Indian journal of veterinary science and animal husbandry - Volumes 26-27, 1956-1957
Year: 1956
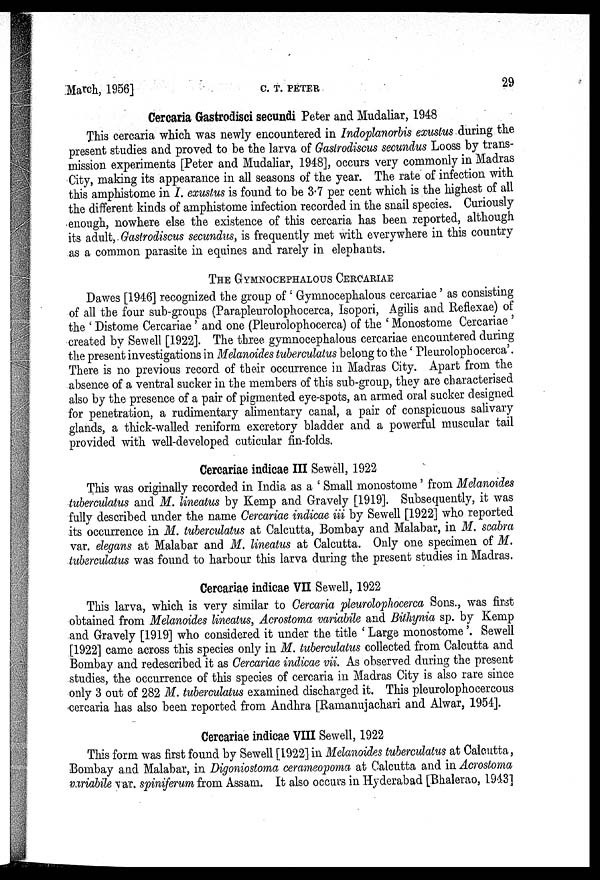
March, 1956]
C.
T.
PETER
29
Cercaria Gastrodisci secundi Peter and Mudaliar, 1948
This cercaria which was newly encountered in Indoplanorbis exustus during the
present studies and proved to be the larva of Gastrodiscus secundus Looss by trans-
mission experiments [Peter and Mudaliar, 1948], occurs very commonly in Madras
City, making its appearance in all seasons of the year. The rate of infection with
this amphistome in I. exustus is found to be 3.7 per cent which is the highest of all
the different kinds of amphistome infection recorded in the snail species. Curiously
enough, nowhere else the existence of this cercaria has been reported, although
its adult, Gastrodiscus secundus, is frequently met with everywhere in this country
as a common parasite in equines and rarely in elephants.
THE GYMNOCEPHALOUS CERCARIAE
Dawes [1946] recognized the group of Gymnocephalous cercariae as consisting
of all the four sub-groups (Parapleurolophocerca, Isopori, Agilis and Reflexae) of
the ' Distome Cercariae ' and one (Pleurolophocerca) of the ' Monostome Cercariae '
created by Sewell [1922]. The three gymnocephalous cercariae encountered during
the present investigations in Melanoides tuberculatus belong to the ' Pleurolophocerca'.
There is no previous record of their occurrence in Madras City. Apart from the
absence of a ventral sucker in the members of this sub-group, they are characterised
also by the presence of a pair of pigmented eye-spots, an armed oral sucker designed
for penetration, a rudimentary alimentary canal, a pair of conspicuous salivary
glands, a thick-walled reniform excretory bladder and a powerful muscular tail
provided with well-developed cuticular fin-folds.
Cercariae indicae III Sewell, 1922
This was originally recorded in India as a ' Small monostome ' from Melanoides
tuberculatus and M. lineatus by Kemp and Gravely [1919]. Subsequently, it was
fully described under the name Cercariae indicae iii by Sewell [1922] who reported
its occurrence in M. tuberculatus at Calcutta, Bombay and Malabar, in M. scabra
var. elegans at Malabar and M. lineatus at Calcutta. Only one specimen of M.
tuberculatus was found to harbour this larva during the present studies in Madras.
Cercariae indicae VII Sewell, 1922
This larva, which is very similar to Cercaria pleurolophocerca Sons., was first
obtained from Melanoides lineatus, Acrostoma variabile and Bithynia sp. by Kemp
and Gravely [1919] who considered it under the title ' Large monostome '. Sewell
[1922] came across this species only in M. tuberculatus collected from Calcutta and
Bombay and redescribed it as Cercariae indicae vii. As observed during the present
studies, the occurrence of this species of cercaria in Madras City is also rare since
only 3 out of 282 M. tuberculatus examined discharged it. This pleurolophocercous
cercaria has also been reported from Andhra [Ramanujachari and Alwar, 1954].
Cercariae indicae VIII Sewell, 1922
This form was first found by Sewell [1922] in Melanoides tuberculatus at Calcutta,
Bombay and Malabar, in Digoniostoma cerameopoma at Calcutta and in Acrostoma
variabile var. spiniferum from Assam. It also occurs in Hyderabad [Bhalerao, 1943]